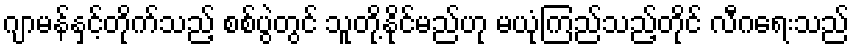
ဂျာမန်နှင့်တိုက်သည့် စစ်ပွဲတွင် သူတို့နိုင်မည်ဟု မယုံကြည်သည့်တိုင် လီဂရေးသည်